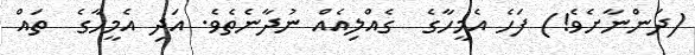
(ދަންނާށެވެ!) ފަހެ އެމީހާގެ  ގެއްލިއެއް ނުދާނެތެވެ. އަދި އެމީހާގެ  ތައް